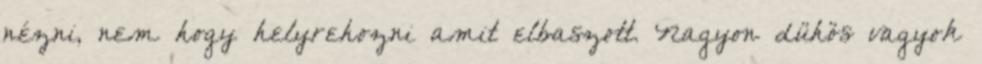
nézni, nem hogy helyrehozni amit elbaszott. Nagyon dühös vagyok